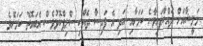
މަލީޝާއަށް ދައްކާފައިވާނެ ކަމަށާއި އަދި އެ ފައިސާ ދެއްކި ސްލިޕްކޮޅުވެސް އެބައޮތް ކަމަށެވެ.